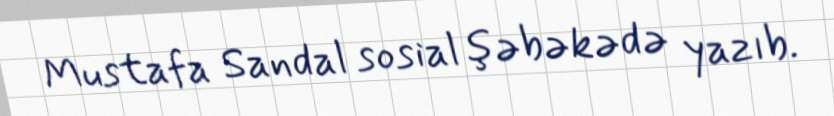
Mustafa Sandal sosial şəbəkədə yazıb.